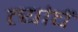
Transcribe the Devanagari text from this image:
त्यांचेेें